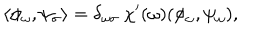
LaTeX: \langle \phi _ { \omega } , \psi _ { \sigma } \rangle = \delta _ { \omega \sigma } ~ \chi ^ { \prime } ( \omega ) ( \phi _ { \omega } , \psi _ { \omega } ) ,